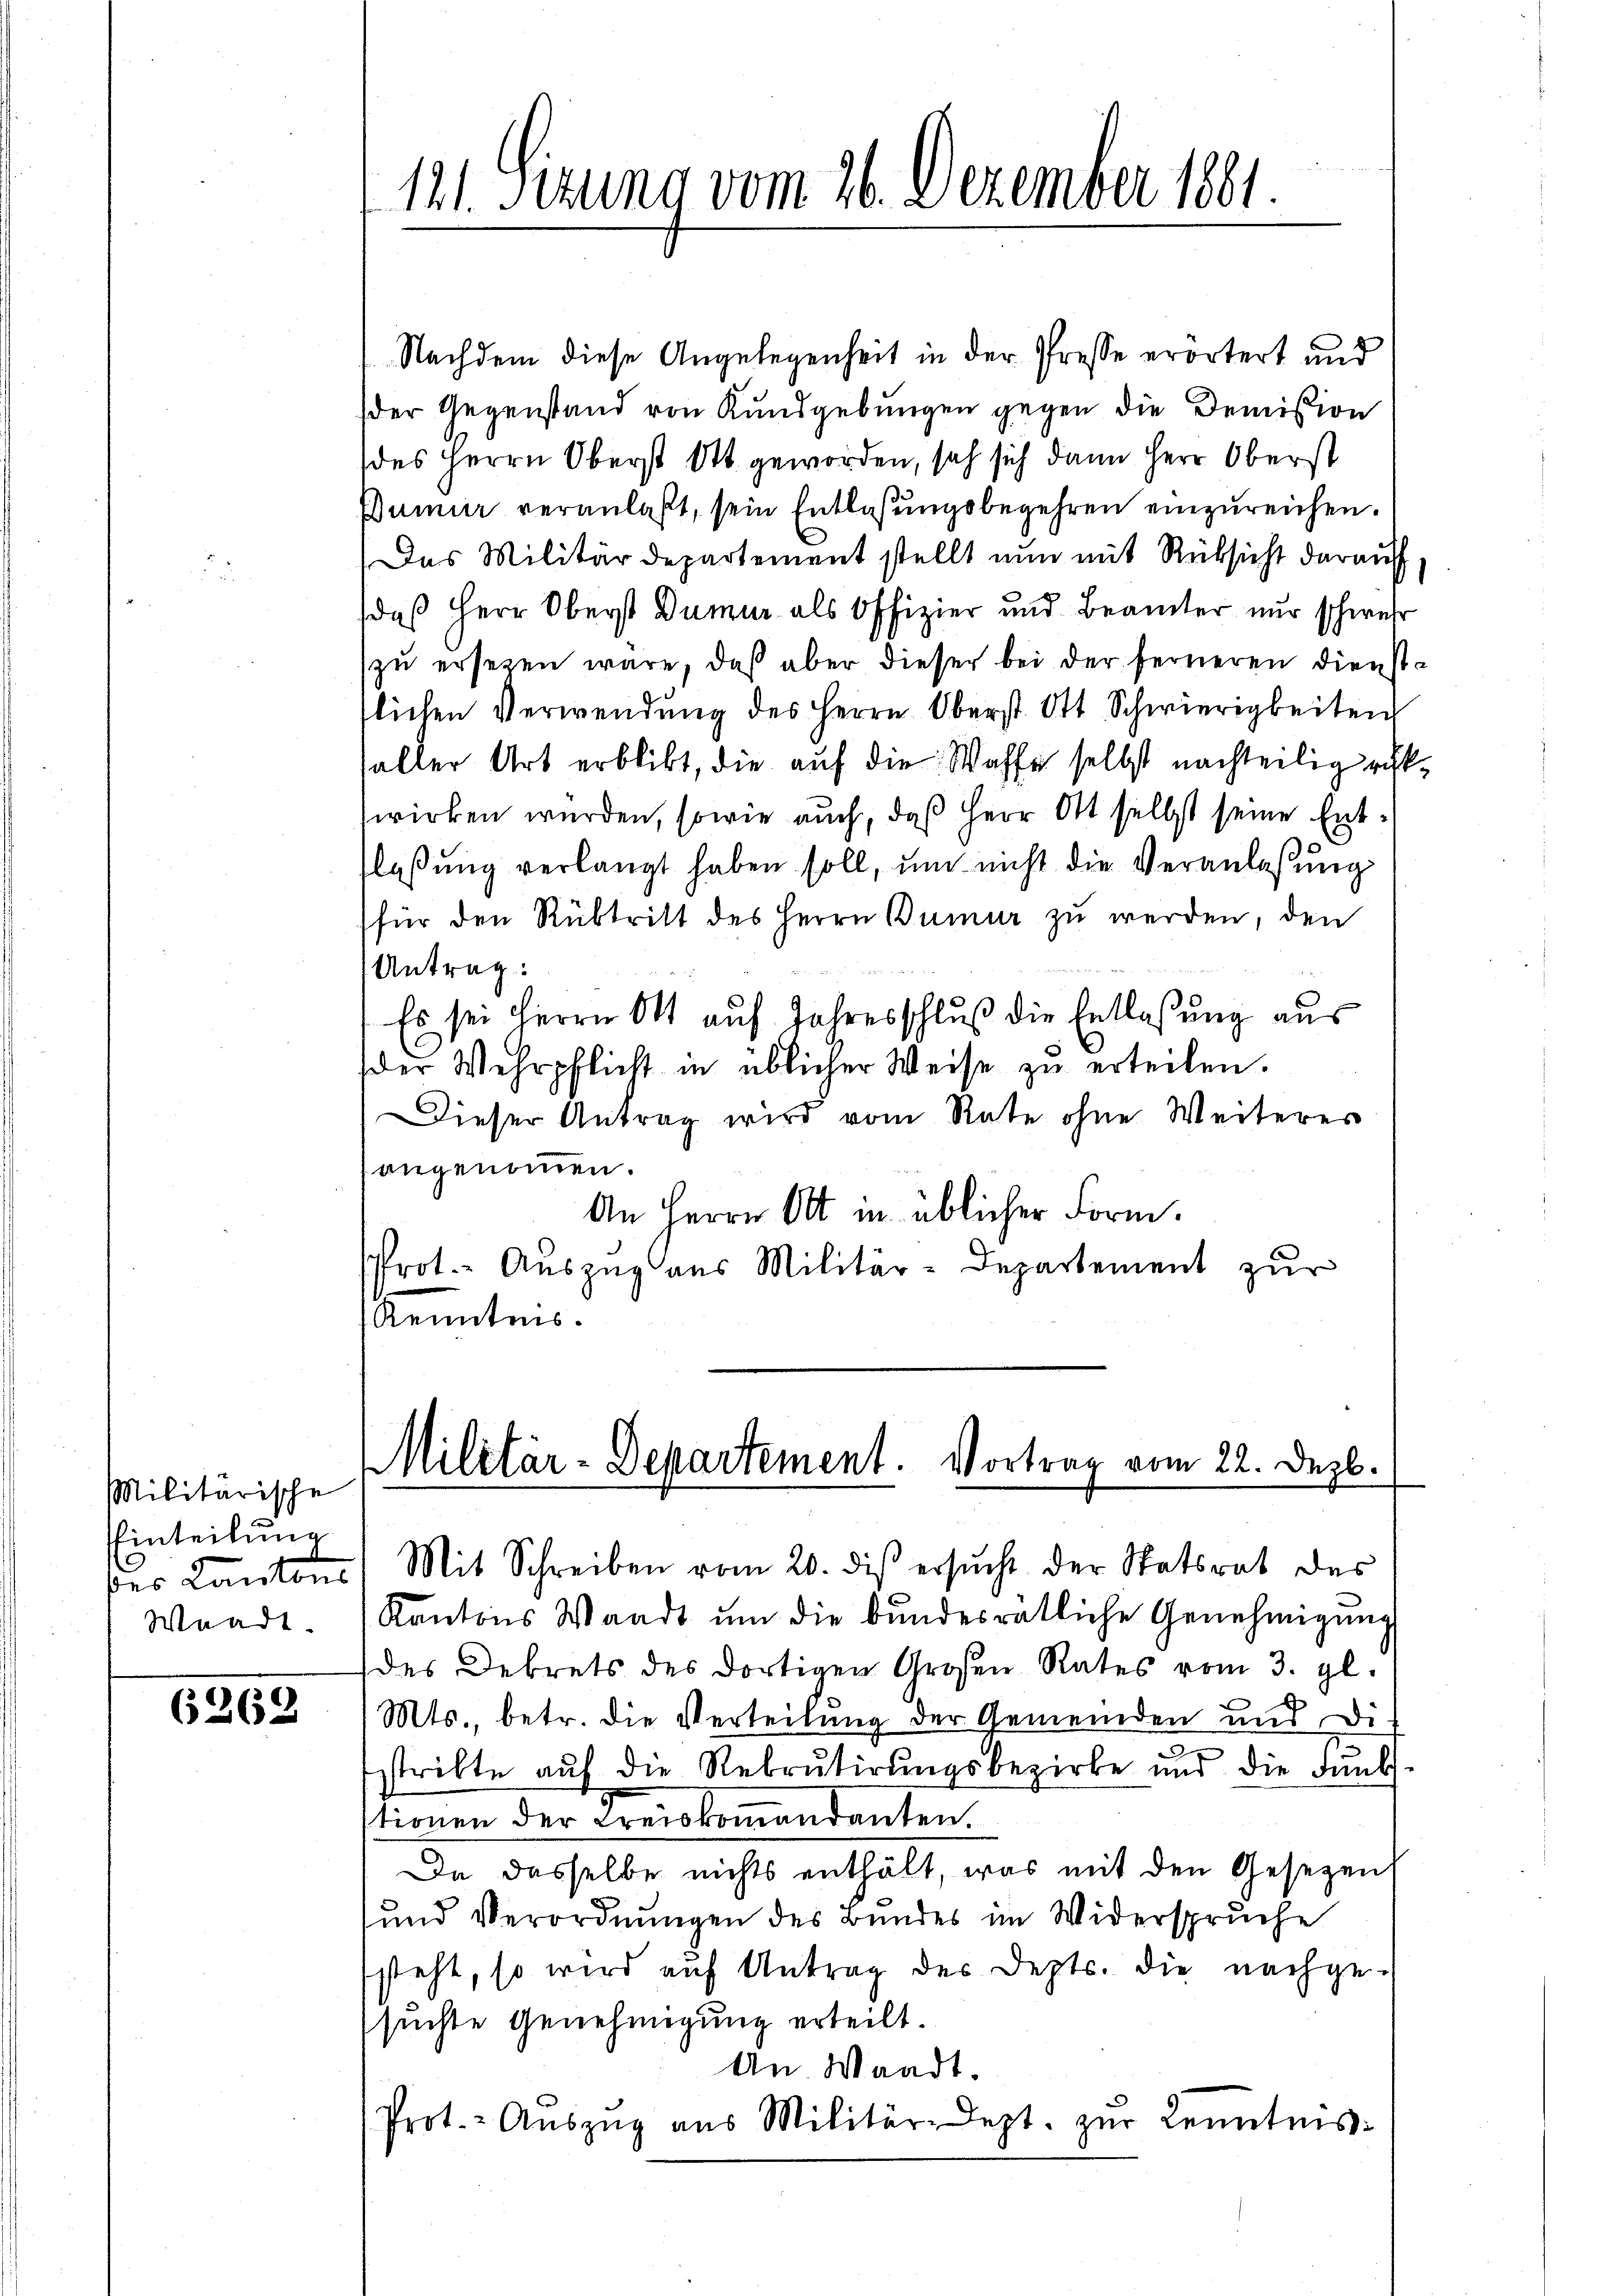
Militärische
Einteilung
bes Kantons
Waadt.

6262

121. Sizung vom 26. Dezember 1881

Nachdem diese Angelegenheit in der Presse erörtert und
der Gegenstand von Kundgebungen gegen die Demission
des Herrn Oberst Ott geworden, sah sich dann Herr Oberst
Dumir veranlaßt, sein Entlaßungsbegehren einzureichen.
Das Militärdepartement stellt nun mit Rüksicht darauf,
daß Herr Oberst Dumur als Offizier und Beamter nur schwehr
zu ersetzen wäre, daß aber dieser bei der ferneren Dienstslichen Verwendŭng des Herrn Oberst Ott Schwierigkeiten
saller Art erblibt, die auf die Waffe selbst nachteilig rükwirken würden, sowie auch, daß Herr Ott selbst seine Entlaßung verlangt haben soll, um nicht die Veranlassung
(für den Rübtritt des Herrn Bumer zu werden, den
Antrag:
Es sei Herrn Ott auf Jahresschluß die Entlaßung aus
der Wehrpflicht in üblicher Weise zŭ erteilen.
Dieser Antrag wird vom Rate ohne Weiteres
angenommen.
An Herrn Ott in üblicher Form.
Prot. Auszug aus Militär-Departement zur
Renntnis.

Militär-Departement. Vortrag vom 22. Dezb.

Mit Schreiben vom 20. dis ersucht der Statsrat des
Kantons Waadt ŭm die bundesrätliche Genehmigŭng
des Dekrets des dortigen Großen Rates vom 3. gl.
Mts., betr. die Verteilung der Gemeinden und Distritte aŭf die Rekrutirŭngsbezirke und die Fanks
tionen der Kreiskommendanten.
Da dasselbe nichts enthält, was mit den Gesezen
und Verordnungen des Bundes im Widerspruche
steht, so wird auf Antrag der Depts. die nachge-
suchte Genehmigung erteilt.
An Waadt.
Prot.- Aŭszŭg aŭs Militär-Dept. zŭr Kenntnis